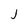
Character: j